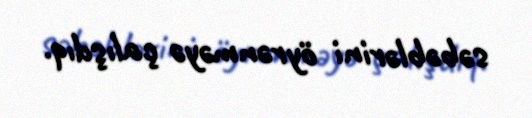
səbəblərini öyrənməyə çalışdıq.